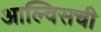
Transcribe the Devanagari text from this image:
आल्विसची